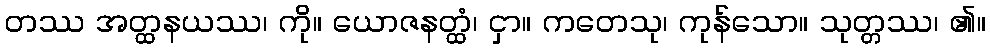
တဿ အတ္ထနယဿ၊ ကို။ ယောဇနတ္ထံ၊ ငှာ။ ကတေသု၊ ကုန်သော။ သုတ္တဿ၊ ၏။